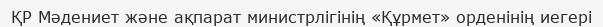
ҚР Мәдениет және ақпарат министрлігінің «Құрмет» орденінің иегері